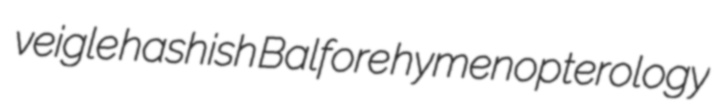
veigle hashish Balfore hymenopterology